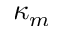
\kappa _ { m }